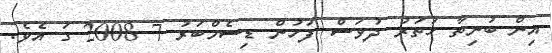
އިން ބުނިތާ ހަތަރު ދުވަސް ފަހުން ޑިސެމްބަރު 7 2008 ގަ އެވެ.